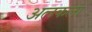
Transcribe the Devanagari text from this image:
अलकला